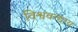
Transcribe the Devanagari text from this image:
विश्ववन्द्याय